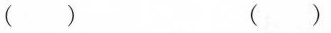
( ) ( )